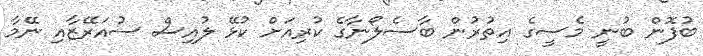
ބުފޮން ބުނީ މެސީގެ އިތުރުން ބާސެލޯނާގެ ކުރިއަށް ކުޅޭ ލުއިސް ސުއަރޭޒާއި ނޭމާ